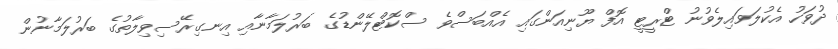
ދުވަހު އެކުލަވައިލެވުނު ޓްރީޓީ އޮފް ޔޫނިއަންގައި އެއްބަސްވެ ސްކޮޓްލޭންޑުގެ ބަރުލަމާނާއި އިނގިރޭސިވިލާތުގެ ބަރުލަމާނުން